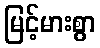
မြင့်မားစွာ